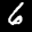
Label: 6